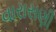
વારાસણી